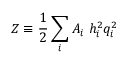
Z \equiv \frac { 1 } { 2 } \sum _ { i } A _ { i } \; h _ { i } ^ { 2 } q _ { i } ^ { 2 }